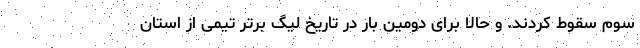
سوم سقوط کردند. و حالا برای دومین بار در تاریخ لیگ برتر تیمی از استان